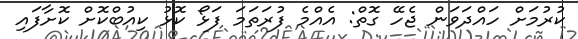
ކުރުމަށް ހައްދަވަން ޖެހޭ ގޮތް: އެއްމެ ފުރަތަމަ ފަޅޯ ކޮޅު ކިއުބްކޮށް ކޮށާފައި